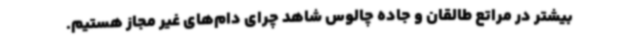
بیشتر در مراتع طالقان و جاده چالوس شاهد چرای دام‌های غیر مجاز هستیم.